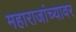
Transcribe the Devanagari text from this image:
महाराजांच्यावर